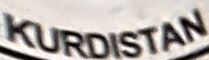
KURDISTAN